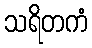
သရိတကံ